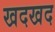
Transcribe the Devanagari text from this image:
खदखद